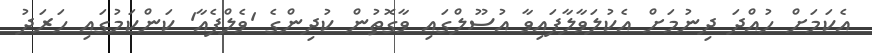
އެކަމަށް ހުއްދަ ދިނުމަށް އެކުލަވާލާފައިވާ އުސޫލްގައި ވާގޮތުން ކުދިންގެ 'ވެލްފެއާ' ކަންކަމުގައި ހަރަދު